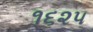
૧૬૨૫